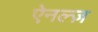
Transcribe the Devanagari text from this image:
ऐनल्ज़